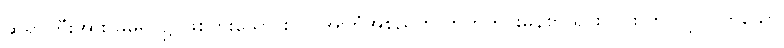
ဆရာကြီးအား မိမိရင်၌ ဖြစ်ပွားသော စိတ် အကြံအစည်ကို ဟုတ်တိုင်းမှန်စွာ ရှင်းလင်း တင်ပြ လိုက်သော